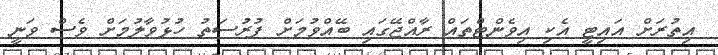
އިތުރަށް އައިޓީ އެކި އިވެންޓްތައް ރާއްޖޭގައި ބޭއްވުމަށް ފުރުސަތު ހުޅުވާލުމަށް ވެސް ވަނީ